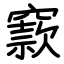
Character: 窾